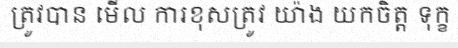
ត្រូវបាន មើល ការខុសត្រូវ យ៉ាង យកចិត្ត ទុក្ខ